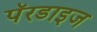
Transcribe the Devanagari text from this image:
पॅरडाइज